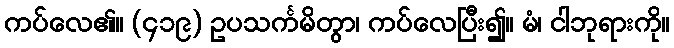
ကပ်လေ၏။ (၄၁၉) ဥပသင်္ကမိတွာ၊ ကပ်လေပြီး၍။ မံ၊ ငါဘုရားကို။